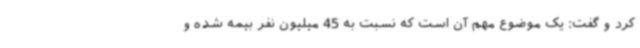
کرد و گفت: یک موضوع مهم آن است که نسبت به 45 میلیون نفر بیمه شده و